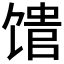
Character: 𬳈